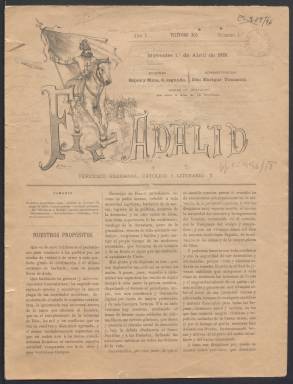
Título: El Adalid (Madrid)
Colección: Periódicos
Ámbito geográfico: Madrid
Lugar de publicación: Madrid
Fechas: 01/04/1891-03/10/1896